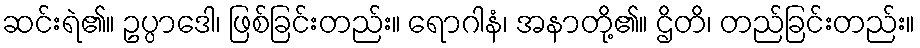
ဆင်းရဲ၏။ ဥပ္ပာဒေါ၊ ဖြစ်ခြင်းတည်း။ ရောဂါနံ၊ အနာတို့၏။ ဌိတိ၊ တည်ခြင်းတည်း။